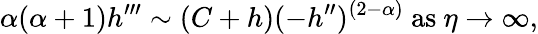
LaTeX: \alpha(\alpha+1)h^{\prime\prime\prime}\sim(C+h)(-h^{\prime\prime})^{(2-\alpha)}~\textrm{as}\ \eta\to\infty,